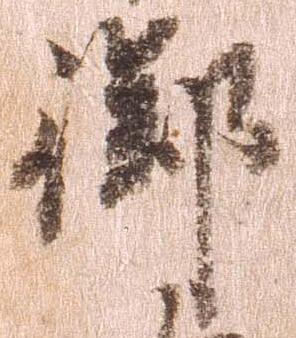
御